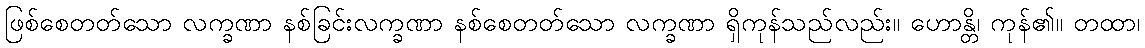
ဖြစ်စေတတ်သော လက္ခဏာ နစ်ခြင်းလက္ခဏာ နစ်စေတတ်သော လက္ခဏာ ရှိကုန်သည်လည်း။ ဟောန္တိ၊ ကုန်၏။ တထာ၊